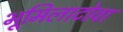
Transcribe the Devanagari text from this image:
भूमिलाटोवा